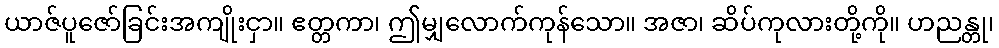
ယာဇ်ပူဇော်ခြင်းအကျိုးငှာ။ ဧတ္တကာ၊ ဤမျှလောက်ကုန်သော။ အဇာ၊ ဆိပ်ကုလားတို့ကို။ ဟညန္တု၊